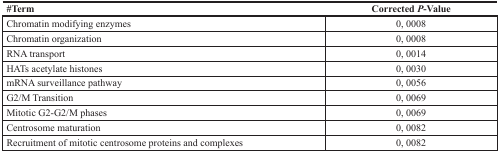
<table><thead><tr><td><b>#Term</b></td><td><b>Corrected <i>P</i>-Value</b></td></tr></thead><tbody><tr><td>Chromatin modifying enzymes</td><td>0, 0008</td></tr><tr><td>Chromatin organization</td><td>0, 0008</td></tr><tr><td>RNA transport</td><td>0, 0014</td></tr><tr><td>HATs acetylate histones</td><td>0, 0030</td></tr><tr><td>mRNA surveillance pathway</td><td>0, 0056</td></tr><tr><td>G2/M Transition</td><td>0, 0069</td></tr><tr><td>Mitotic G2-G2/M phases</td><td>0, 0069</td></tr><tr><td>Centrosome maturation</td><td>0, 0082</td></tr><tr><td>Recruitment of mitotic centrosome proteins and complexes</td><td>0, 0082</td></tr></tbody></table>